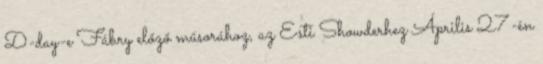
D-day-e Fábry előző műsorához, az Esti Showderhez Április 27-én